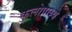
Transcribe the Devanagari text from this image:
कुलोपाध्ये